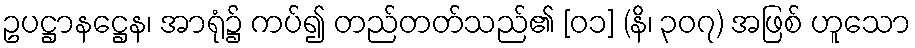
ဥပဋ္ဌာနဋ္ဌေန၊ အာရုံ၌ ကပ်၍ တည်တတ်သည်၏ [၀၁] (နိ၊ ၃၀၇) အဖြစ် ဟူသော